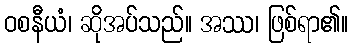
ဝစနီယံ၊ ဆိုအပ်သည်။ အဿ၊ ဖြစ်ရာ၏။